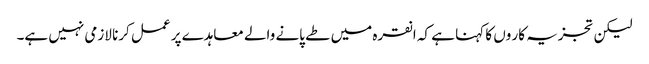
لیکن تجزیہ کار وں کا کہنا ہے کہ انقرہ میں طے پانے والے معاہدے پر عمل کرنا لازمی نہیں ہے۔